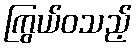
ကြွယ်ဝသည့်